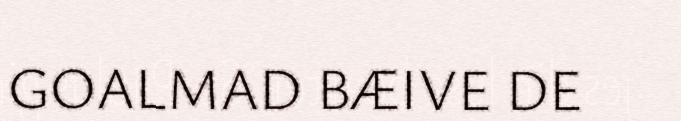
GOALMAD BÆIVE DE